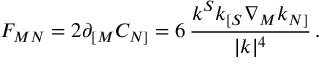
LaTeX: F _ { M N } = 2 \partial _ { [ M } C _ { N ] } = 6 \, { \frac { k ^ { S } k _ { [ S } \nabla _ { M } k _ { N ] } } { | k | ^ { 4 } } } \, .